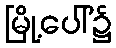
မြို့ပေါ်၌